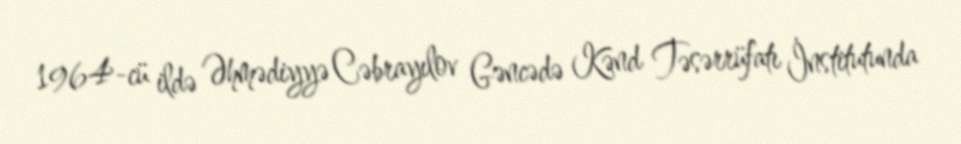
1964-cü ildə Əhmədiyyə Cəbrayılov Gəncədə Kənd Təsərrüfatı İnstitutunda